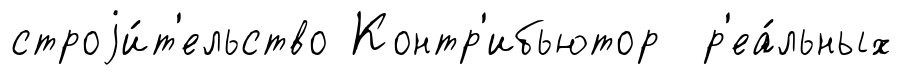
строjи́т'ельство Контр'ибьютор р'еа́льных